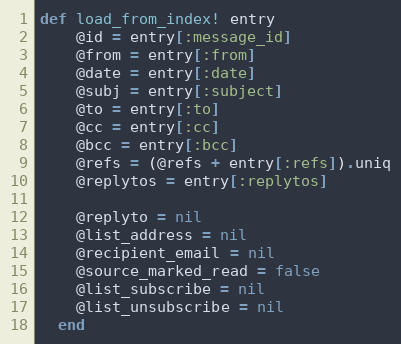
Language: Ruby
def load_from_index! entry
    @id = entry[:message_id]
    @from = entry[:from]
    @date = entry[:date]
    @subj = entry[:subject]
    @to = entry[:to]
    @cc = entry[:cc]
    @bcc = entry[:bcc]
    @refs = (@refs + entry[:refs]).uniq
    @replytos = entry[:replytos]

    @replyto = nil
    @list_address = nil
    @recipient_email = nil
    @source_marked_read = false
    @list_subscribe = nil
    @list_unsubscribe = nil
  end